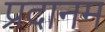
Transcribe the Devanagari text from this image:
प्रदानम